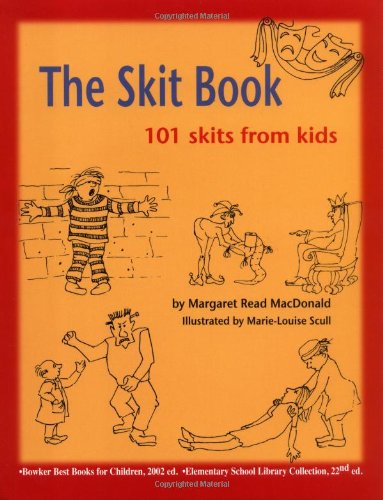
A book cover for The Skit Book: 101 Skits from Kids; Margaret Read MacDonald; Teen & Young Adult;